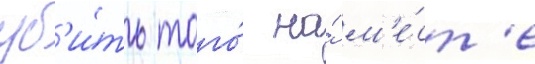
уб'и́ть того́ на́ м'е́ст'е